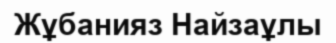
Жұбанияз Найзаұлы